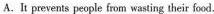
A.t pevents people frm wasting their ood.